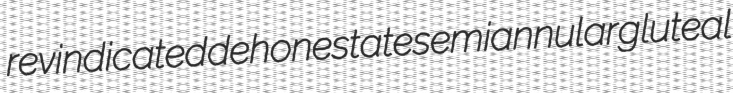
revindicated dehonestate semiannular gluteal